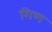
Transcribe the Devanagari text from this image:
गिण